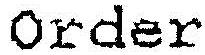
ORDER